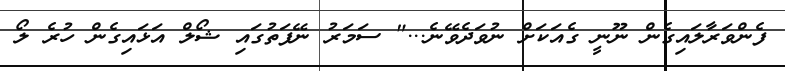
ފެންވަރާލައިގެން ނޫނީ ގެއަކަށް ނުވަދެވޭނެ..." ސަމަރު ނޭފަތުގައި ޝޯލް އަޅައިގެން ހުރެ ލޯ